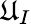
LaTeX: \mathfrak{U}_{I}